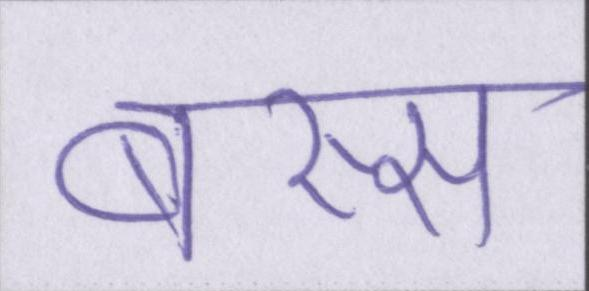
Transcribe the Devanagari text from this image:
बस्स